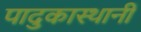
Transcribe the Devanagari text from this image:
पादुकास्थानी